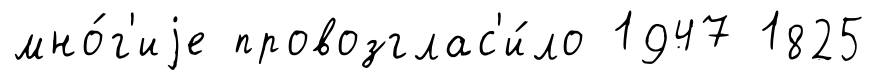
мно́г'иjе провозглас'и́ло 1947 1825